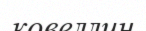
ковеллин